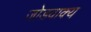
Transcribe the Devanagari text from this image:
जोडवाक्य